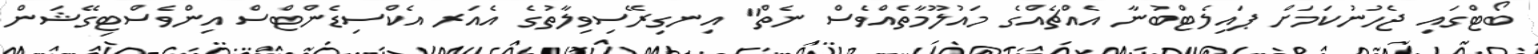
ބޯޓްގައި ޖެހުނުކަމަށް ޕައިލެޓްބުނާ އެއްޗެއްގެ މައުލޫމާތެއްވެސް ނެތް" އިނގިރޭސިވިލާތުގެ އެއަރ އެކްސިޑެންޓްސް އިންވެސްޓިގޭޝަން